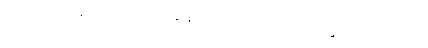
မဟာလီတိ အာလပတိ။ ဧကမန္တံ နိသီဒီတိ ပတိရူပါသု ရုက္ခစ္ဆာယာသု တာယ